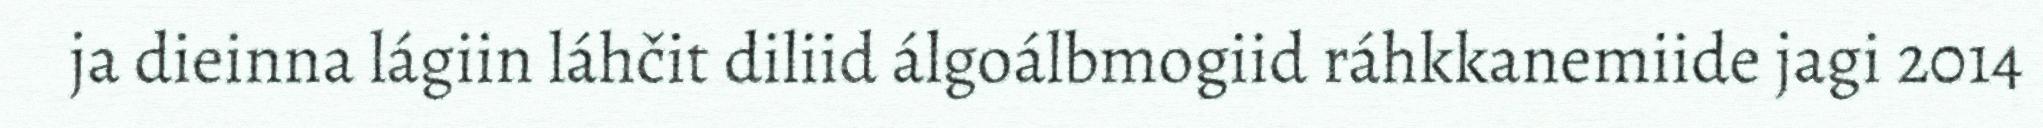
ja dieinna lágiin láhčit diliid álgoálbmogiid ráhkkanemiide jagi 2014